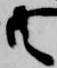
共